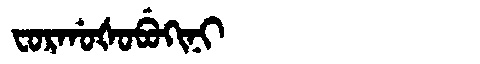
Manchu: ᠸᠣᡵᡤᠣᡧᠣᠪᡠᡴᡳᠨᡳ
Romanization: FORGOŠOBUKINI